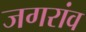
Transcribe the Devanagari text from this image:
जगरांव